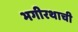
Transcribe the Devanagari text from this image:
भगीरथाची